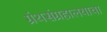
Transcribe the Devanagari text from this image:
ग्रंथसंग्रहालयाचा